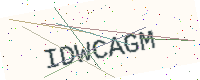
Text: IDWCAGM